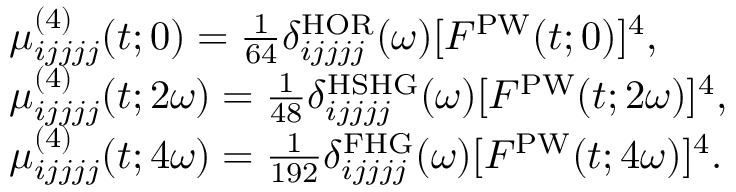
\begin{array} { r l } & { \mu _ { i j j j j } ^ { ( 4 ) } ( t ; 0 ) = \frac { 1 } { 6 4 } \delta _ { i j j j j } ^ { \mathrm { H O R } } ( \omega ) [ F ^ { \mathrm { P W } } ( t ; 0 ) ] ^ { 4 } , } \\ & { \mu _ { i j j j j } ^ { ( 4 ) } ( t ; 2 \omega ) = \frac { 1 } { 4 8 } \delta _ { i j j j j } ^ { \mathrm { H S H G } } ( \omega ) [ F ^ { \mathrm { P W } } ( t ; 2 \omega ) ] ^ { 4 } , } \\ & { \mu _ { i j j j j } ^ { ( 4 ) } ( t ; 4 \omega ) = \frac { 1 } { 1 9 2 } \delta _ { i j j j j } ^ { \mathrm { F H G } } ( \omega ) [ F ^ { \mathrm { P W } } ( t ; 4 \omega ) ] ^ { 4 } . } \end{array}